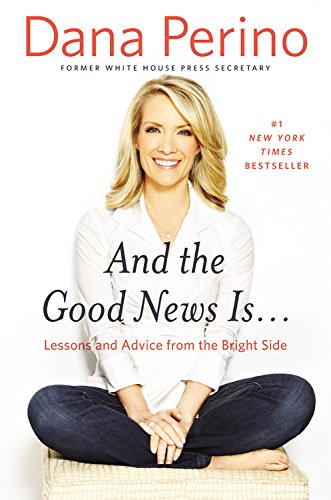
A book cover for And the Good News Is...: Lessons and Advice from the Bright Side; Dana Perino; Biographies & Memoirs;